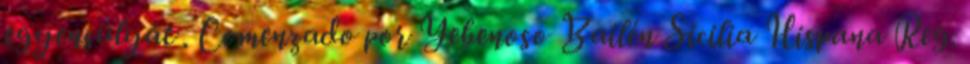
egyensúlyát . Comenzado por Yebenoso Bailén Sicilia Hispana Reg.